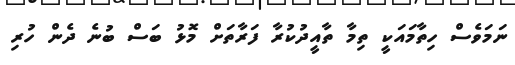
ނަމަވެސް ހިތާމައަކީ ތިމާ ތާއީދުކުރާ ފަރާތަށް މޮޅު ބަސް ބުނެ ދެން ހުރި